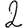
Digit: 2